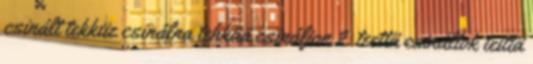
csinált tekkiiz csinálna tehkää csináljon 2. teettä csináltok teittä